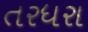
તરધરા